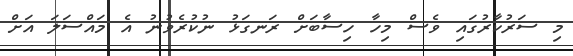
މި ސަރުކާރުގައި ވެސް މިހާ ހިސާބަށް ރަނގަޅު ނުކުރެވުނު އެ މައްސަލަ އަށް